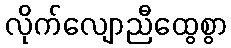
လိုက်လျောညီထွေစွာ